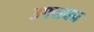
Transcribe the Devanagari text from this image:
उपसका